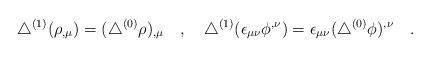
LaTeX: \begin{align*}\triangle^{(1)}(\rho_{,\mu})=( \triangle^{(0)}\rho)_{,\mu}~~~,~~~\triangle^{(1)}(\epsilon_{\mu\nu}\phi^{,\nu})=\epsilon_{\mu\nu}( \triangle^{(0)}\phi)^{,\nu}~~~.\end{align*}